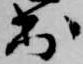
出